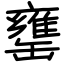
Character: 罋